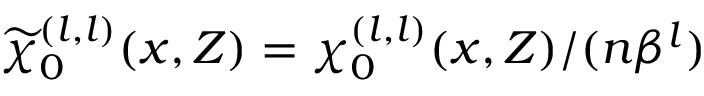
\widetilde { \chi } _ { 0 } ^ { ( l , l ) } ( \boldsymbol { x } , Z ) = \chi _ { 0 } ^ { ( l , l ) } ( \boldsymbol { x } , Z ) / ( n \beta ^ { l } )